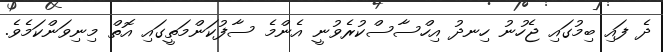
ދެ ފައި ބިމުގައި ޖެހުނު ހިނދު އިހްސާސްކުރެވުނީ އެންމެ ސާފުކަންމަތީގައި އޮތް މިނިވަންކަމެވެ.